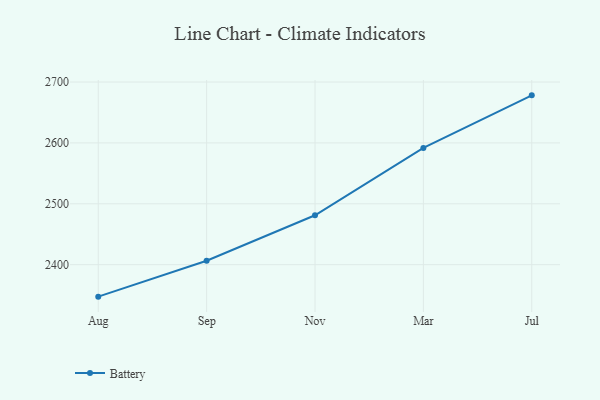
{"axis": {"x": "Month", "y": "Revenue (USD Million)"}, "legend": ["Battery"], "data": [{"x": "Aug", "y": 2347.5, "type": "Battery"}, {"x": "Sep", "y": 2406.4, "type": "Battery"}, {"x": "Nov", "y": 2481.2, "type": "Battery"}, {"x": "Mar", "y": 2591.8, "type": "Battery"}, {"x": "Jul", "y": 2678.1, "type": "Battery"}]}